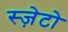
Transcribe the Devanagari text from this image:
स्ज़ेटो